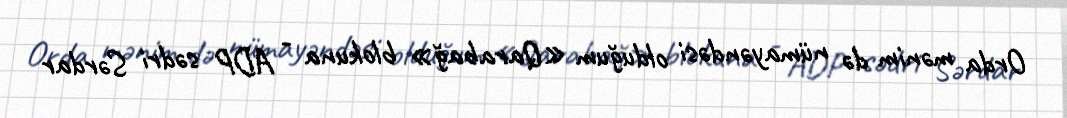
Orda mənim də nümayəndəsi olduğum «Qarabağ» blokuna - ADP sədri Sərdar